Scientific memoirs by medical officers of the Army of India - Part II,
Year: 1886
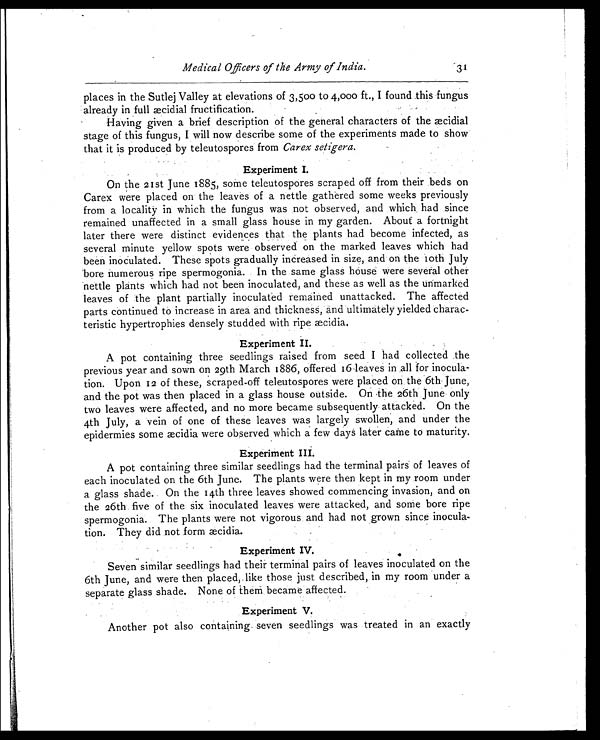
Medical Officers of the Army of India.
31
places in the Sutlej Valley at elevations of 3,500 to 4.,000 ft., I found this fungus
already in full æcidial fructification.
Having given a brief description of the general characters of the æcidial
stage of this fungus, I will now describe some of the experiments made to show
that it is produced by teleutospores from Carex setigera.
Experiment I.
On the 21st June 1885, some teleutospores scraped off from their beds on
Carex were placed on the leaves of a nettle gathered some weeks previously
from a locality in which the fungus was not observed, and which, had since
remained unaffected in a small glass house in my garden. About a fortnight
later there were distinct evidences that the plants had become infected, as
several minute yellow spots were observed on the marked leaves which had
been inoculated. These spots gradually increased in size, and on the 10th July
'bore numerous ripe spermogonia. In the same glass house were several other
nettle plants which had not been inoculated, and these as well as the unmarked
leaves of the plant partially inoculated remained unattacked. The affected
parts continued to increase in area and thickness, and ultimately yielded charac-
teristic hypertrophies densely studded with ripe æcidia.
Experiment II.
A pot containing three seedlings raised from seed I had collected the
previous year and sown on 29th March 1886, offered 16 leaves in all for inocula-
tion. Upon 12 of these, scraped-off teleutospores were placed on the 6th June,
and the pot was then placed in a glass house outside. On the 26th June only
two leaves were affected, and no more became subsequently attacked. On the
4th July, a vein of one of these leaves was largely swollen, and under the
epidermies some æcidia were observed which a few days later came to maturity.
Experiment III.
A pot containing three similar seedlings had the terminal pairs of leaves of
each inoculated on the 6th June. The plants were then kept in my room under
a glass shade.. On the 14th three leaves showed commencing invasion, and on
the 26th five of the six inoculated leaves were attacked, and some bore ripe
spermogonia. The plants were not vigorous and had not grown since inocula-
tion. They did not form æcidia.
Experiment IV.
Seven similar seedlings had their terminal pairs of leaves inoculated on the
6th June, and were then placed, like those just described, in my room under a
separate glass shade. None of them became affected.
Experiment V.
Another pot also containing seven seedlings was treated in an exactly